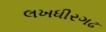
લખધીરગઢ